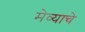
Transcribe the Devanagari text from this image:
मेव्याचे